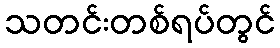
သတင်းတစ်ရပ်တွင်